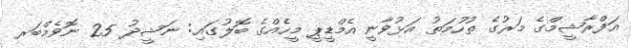
އަފްރާޝީމްގެ މަރުގެ ތުހުމަތު އަޅުވާނީ އެމްޑީޕީ މީހެއްގެ ބޮލުގައި: ނަޝީދު 25 ނޮވެމްބަރ